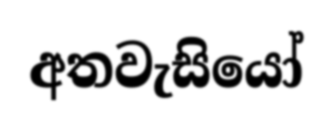
අතවැසියෝ